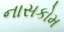
નાસકોમ